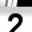
Digit: 2